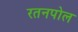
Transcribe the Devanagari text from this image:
रतनपोल